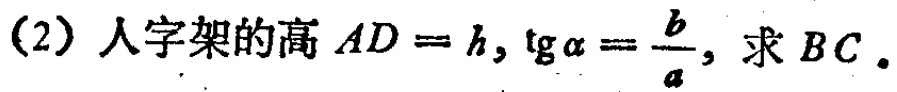
(2) 人 字 架 的 高 \(AD = h\)，\(\tg\alpha=\frac{b}{a}\)，求 \(BC\)。